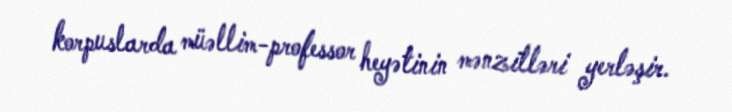
korpuslarda müəllim-professor heyətinin mənzilləri yerləşir.